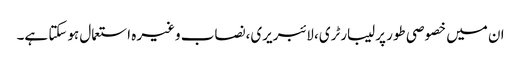
ان میں خصوصی طور پر لیبارٹری، لائبریری،نصاب وغیرہ استعمال ہوسکتا ہے۔